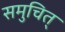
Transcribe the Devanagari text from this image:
समुचित्‌